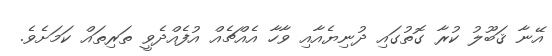
އޭނާ ޤަބޫލު ކުރާ ގޮތުގައި ދުނިޔެއާއި ވާހާ އެއްޗެއް އުފެއްދެވީ ތަރިތައް ކަމަށެވެ.